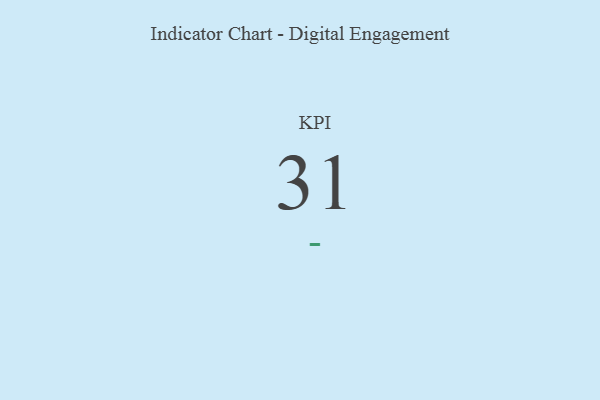
{"axis": {"x": "KPI", "y": "Value"}, "legend": [""], "data": [{"x": "KPI", "y": 31, "type": ""}]}